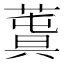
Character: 𦸬